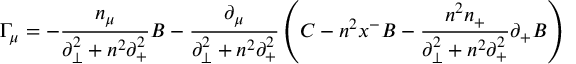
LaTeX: { \Gamma } _ { \mu } = - \frac { n _ { \mu } } { { \partial } _ { \bot } ^ { 2 } + n ^ { 2 } { \partial } _ { + } ^ { 2 } } B - \frac { { \partial } _ { \mu } } { { \partial } _ { \bot } ^ { 2 } + n ^ { 2 } { \partial } _ { + } ^ { 2 } } \left( C - n ^ { 2 } x ^ { - } B - \frac { n ^ { 2 } n _ { + } } { { \partial } _ { \bot } ^ { 2 } + n ^ { 2 } { \partial } _ { + } ^ { 2 } } { \partial } _ { + } B \right)